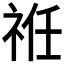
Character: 𥙛